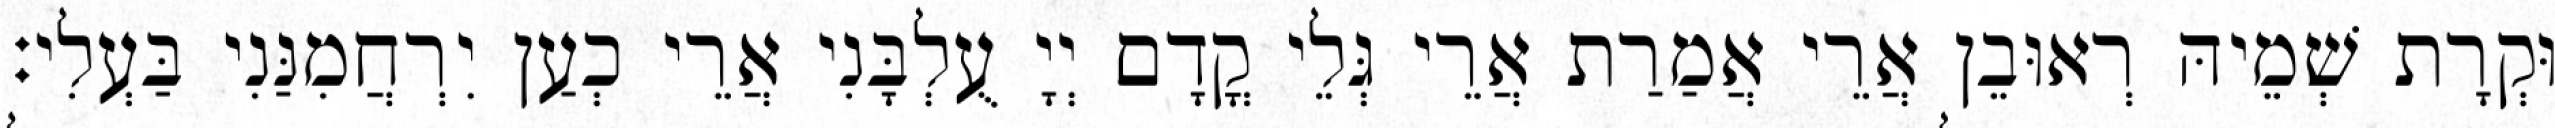
וּקְרָת שְׁמֵיהּ רְאוּבֵן אֲרֵי אֲמַרַת אֲרֵי גְּלֵי קֳדָם יְיָ עֻלְבָּנִי אֲרֵי כְעַן יִרְחֲמִנַּנִי בַּעְלִי׃